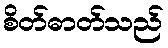
စိတ်ဓာတ်သည်